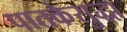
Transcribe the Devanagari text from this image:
पातकेसुद्धा